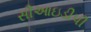
સીઆઇડીપી